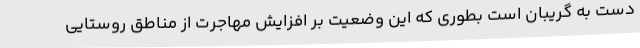
دست به گریبان است بطوری که این وضعیت بر افزایش مهاجرت از مناطق روستایی